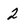
Character: 2